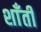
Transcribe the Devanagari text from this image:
शाँती